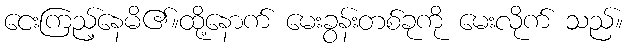
ငေးကြည့်နေမိ၏။ထို့နောက် မေးခွန်းတစ်ခုကို မေးလိုက် သည်။